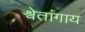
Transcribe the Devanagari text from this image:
श्वेतांगाय